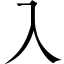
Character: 入